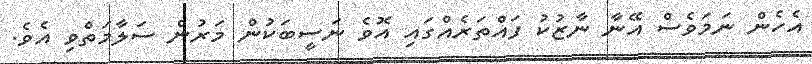
އެހެން ނަމަވެސް އޭނާ ނާޒުކު ފައްތަރެއްގައި އޮވެ ނަސީބަކުން މަރުން ސަލާމަތްވި އެވެ.